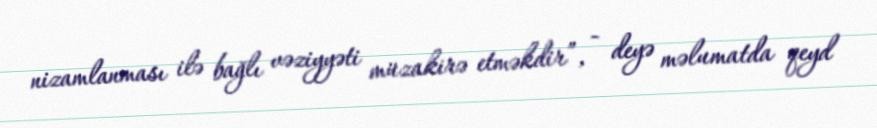
nizamlanması ilə bağlı vəziyyəti müzakirə etməkdir”, - deyə məlumatda qeyd